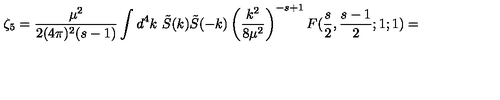
\zeta _ { 5 } = \frac { \mu ^ { 2 } } { 2 ( 4 \pi ) ^ { 2 } ( s - 1 ) } \int d ^ { 4 } k \ \tilde { S } ( k ) \tilde { S } ( - k ) \left( \frac { k ^ { 2 } } { 8 \mu ^ { 2 } } \right) ^ { - s + 1 } F ( \frac { s } { 2 } , \frac { s - 1 } { 2 } ; 1 ; 1 ) =